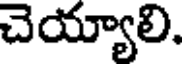
చెయ్యాలి.